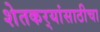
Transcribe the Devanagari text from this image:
शेतकर्‍यांसाठीचा